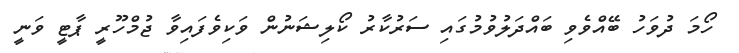
ހޯމަ ދުވަހު ބޭއްވެވި ބައްދަލުވުމުގައި ސަރުކާރު ކޯލިޝަނުން ވަކިވެފައިވާ ޖުމްހޫރީ ޕާޓީ ވަނީ